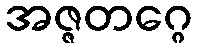
အဇ္ဇတဂ္ဂေ